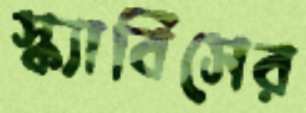
স্ক্যাবিসের